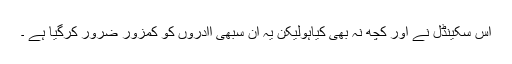
اس سکینڈل نے اور کچھ نہ بھی کیاہولیکن یہ ان سبھی اادروں کو کمزور ضرور کرگیا ہے ۔